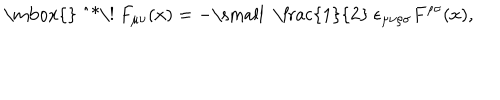
\mathrm { \mathrm { } ~ ^ { * } \! ~ } F _ { \mu \nu } ( x ) = - \mathrm { \small ~ \frac { 1 } { 2 } ~ } \epsilon _ { \mu \nu \rho \sigma } F ^ { \rho \sigma } ( x ) ,